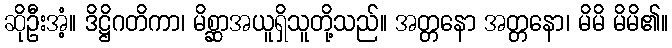
ဆိုဦးအံ့။ ဒိဋ္ဌိဂတိကာ၊ မိစ္ဆာအယူရှိသူတို့သည်။ အတ္တနော အတ္တနော၊ မိမိ မိမိ၏။